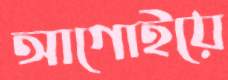
আগোইয়ে